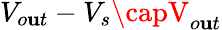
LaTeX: V_{o\mathbf{u}t}-V_{s}\capV_{o\mathbf{u}t}